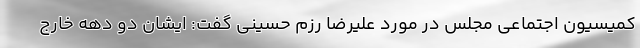
کمیسیون اجتماعی مجلس در مورد علیرضا رزم حسینی گفت:‌ ایشان دو دهه خارج